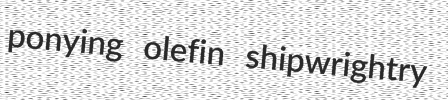
ponying olefin shipwrightry